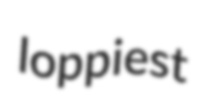
loppiest